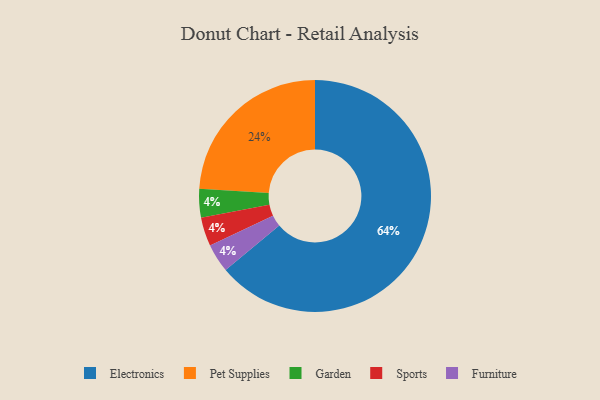
{"axis": {"x": "Category", "y": "Percentage"}, "legend": ["Electronics", "Furniture", "Garden", "Pet Supplies", "Sports"], "data": [{"x": "Pet Supplies", "y": 24, "type": "Pet Supplies"}, {"x": "Electronics", "y": 64, "type": "Electronics"}, {"x": "Garden", "y": 4, "type": "Garden"}, {"x": "Sports", "y": 4, "type": "Sports"}, {"x": "Furniture", "y": 4, "type": "Furniture"}]}